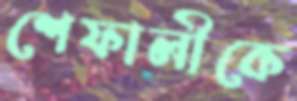
শেফালীকে